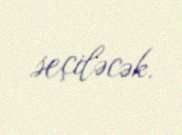
seçiləcək.